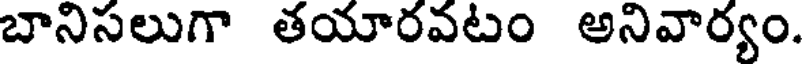
బానిసలుగా తయారవటం అనివార్యం.